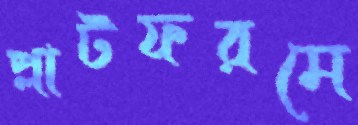
প্লাটফরমে